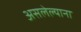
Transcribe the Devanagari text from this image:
असलेल्याना